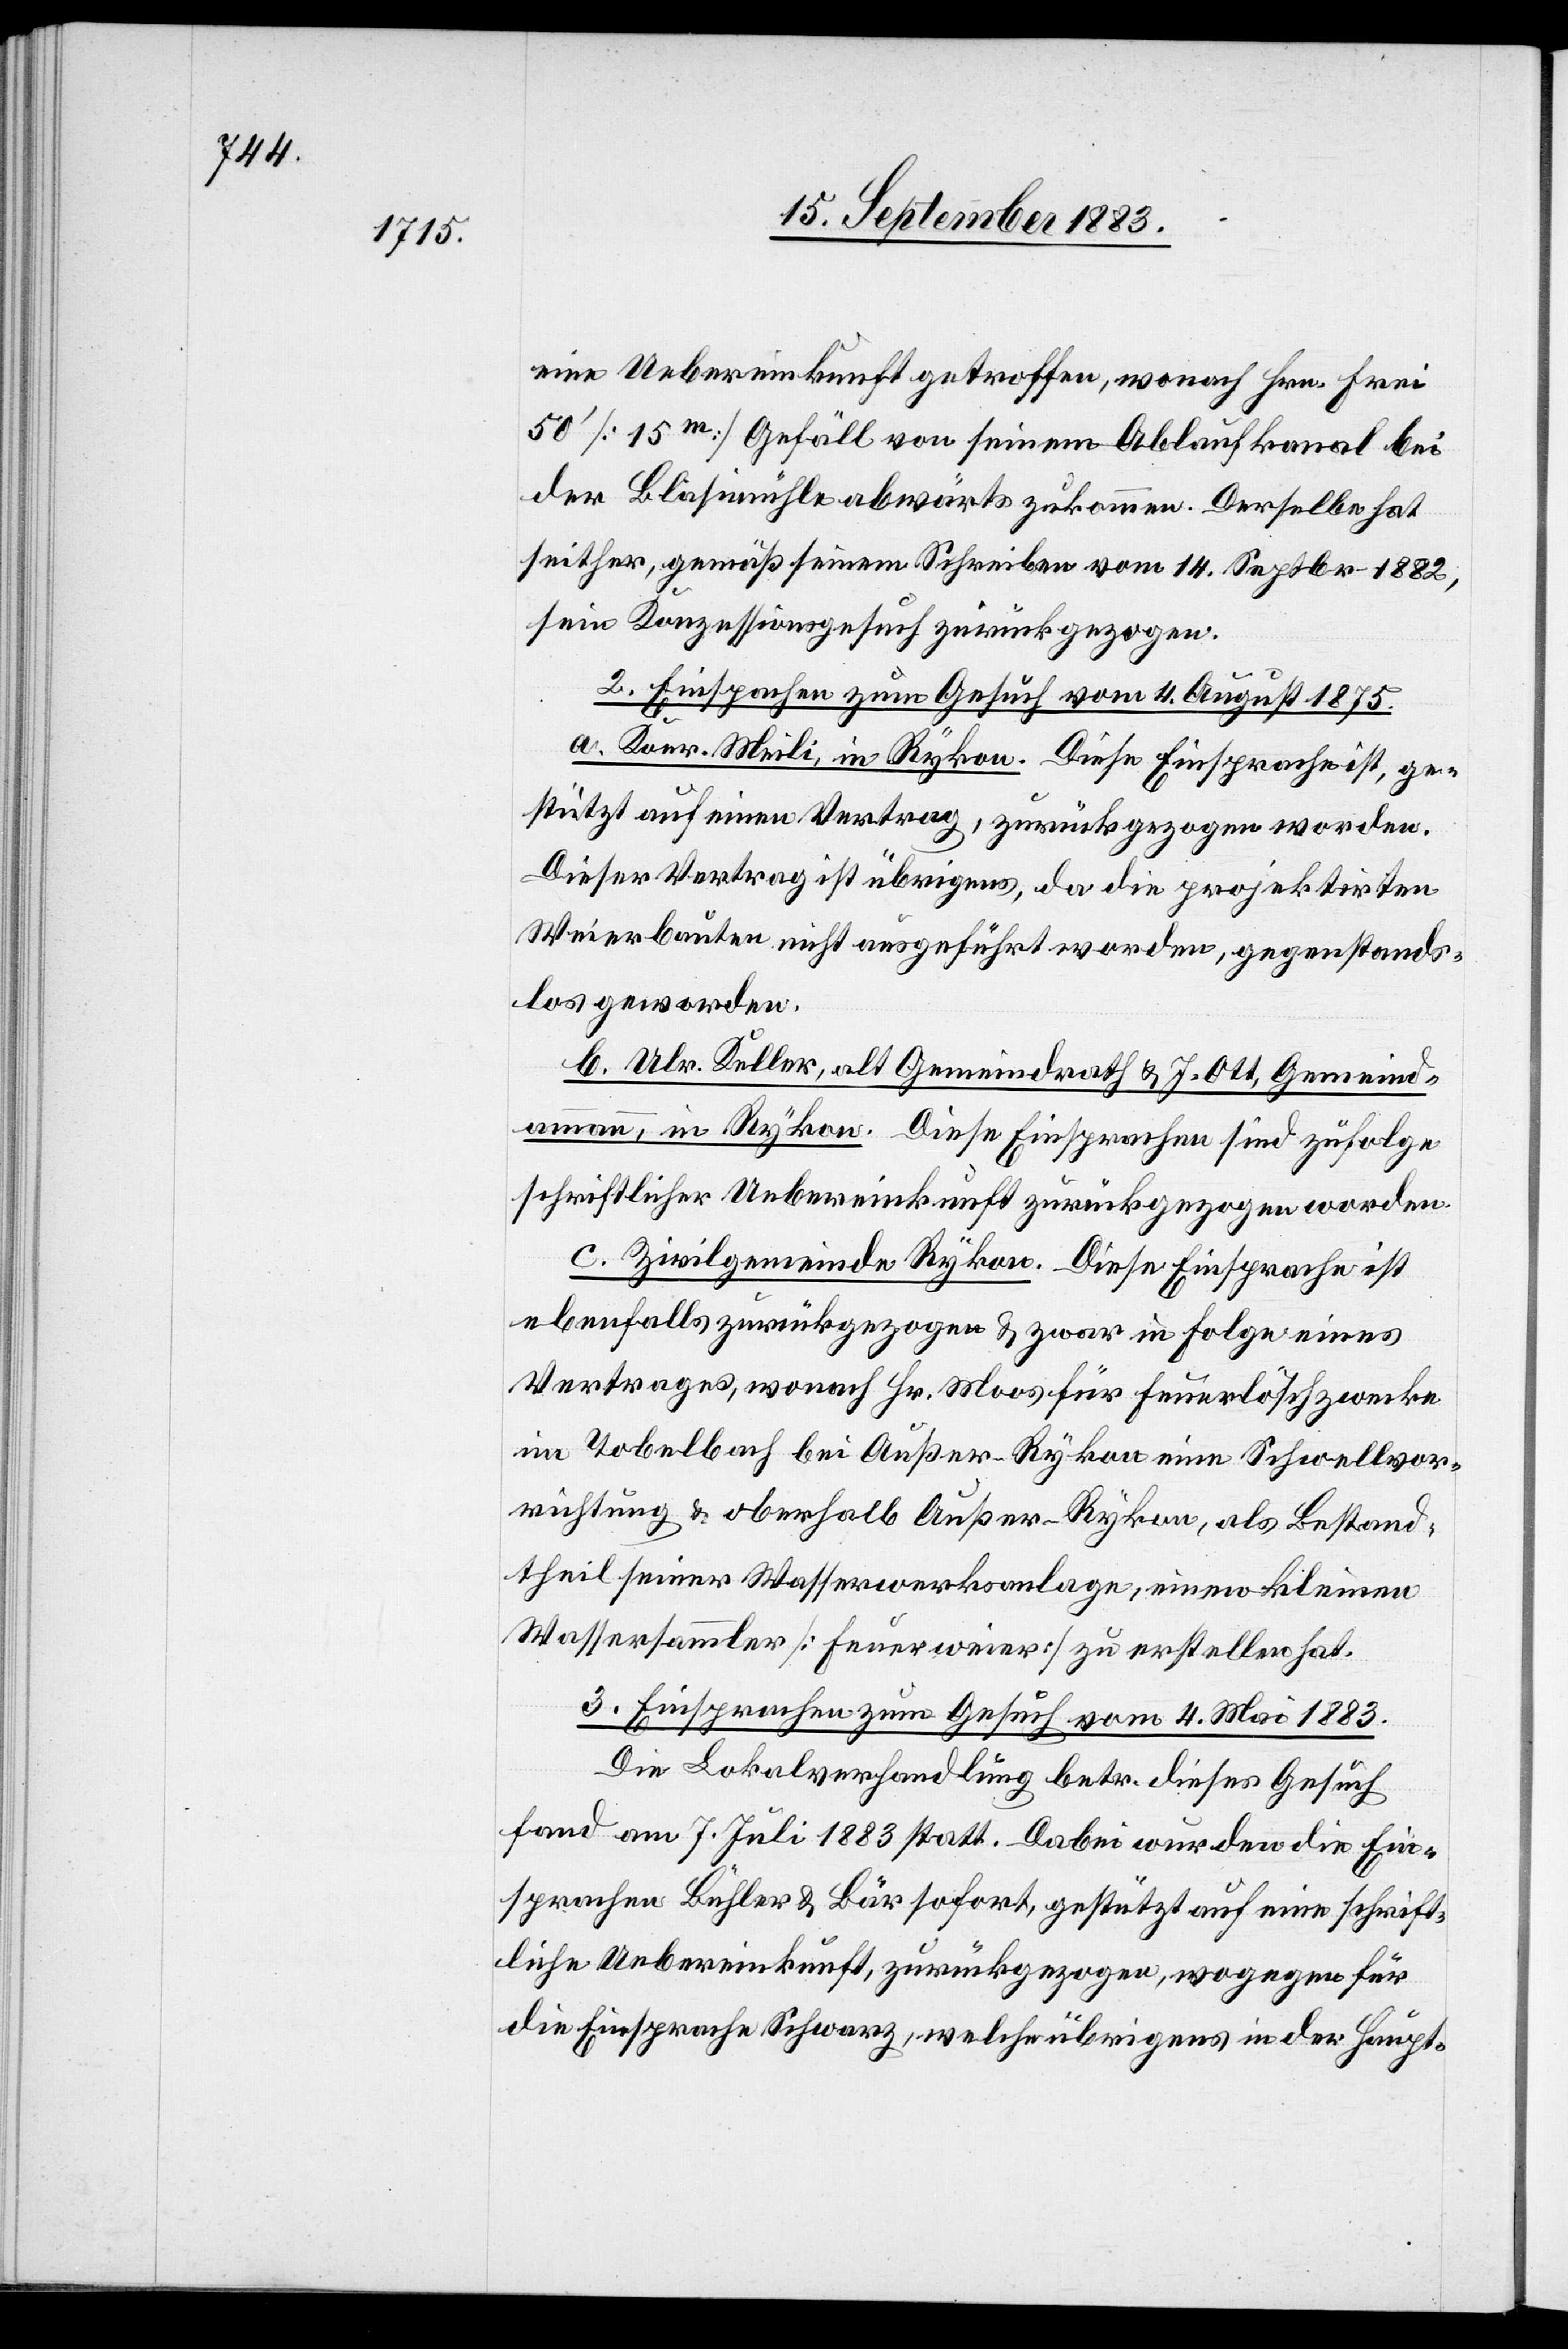
eine Uebereinkunft getroffen, wonach Hrn. Frei
50’ [15m] Gefäll von seinem Ablaufkanal bei
der Bläsimühle abwärts zukommen. Derselbe hat
seither, gemäß seinem Schreiben vom 14. Septbr. 1882,
sein Konzessionsgesuch zurückgezogen.
2. Einsprachen zum Gesuch vom 4. August 1875.
a. Konr. Meili, in Rykon. Diese Einsprache ist, ge¬
stützt auf einen Vertrag, zurückgezogen worden.
Dieser Vertrag ist übrigens, da die projektirten
Weierbauten nicht ausgeführt werden, gegenstand¬
los geworden.
b. Ulr. Keller, alt Gemeindrath & J. Ott, Gemeind¬
ammann, in Rykon. Diese Einsprachen sind zufolge
schriftlicher Uebereinkunft zurückgezogen worden.
c. Zivilgemeinde Rykon. Diese Einsprache ist
ebenfalls zurückgezogen & zwar in Folge eines
Vertrages, wonach Hr. Moos für Feuerlöschzwecke
im Tobelbach bei Außer-Rykon, als Bestand¬
theil seiner Wasserwerksanlage, einen kleinen
Wassersammler [Feuerweier] zu erstellen hat.
3. Einsprachen zum Gesuch vom 4. Mai 1883.
Die Lokalverhandlung betr. dieses Gesuch
fand am 7. Juli 1883 statt. Dabei wurden die Ein¬
sprachen Bühler & Bär sofort, gestützt auf eine schrift¬
liche Uebereinkunft, zurückgezogen, wogegen für
die Einsprache Schwarz, welche übrigens in der Haupt-